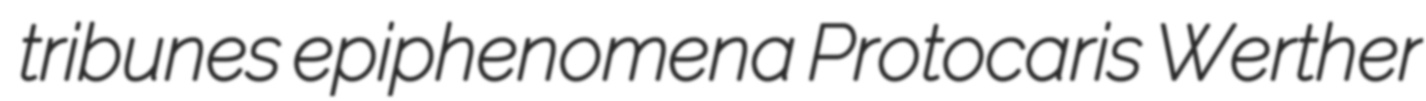
tribunes epiphenomena Protocaris Werther